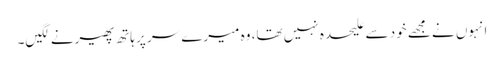
انہوں نے مجھے خود سے علیحدہ نہیں تھا، وہ میرے سر پر ہاتھ پھیرنے لگیں۔